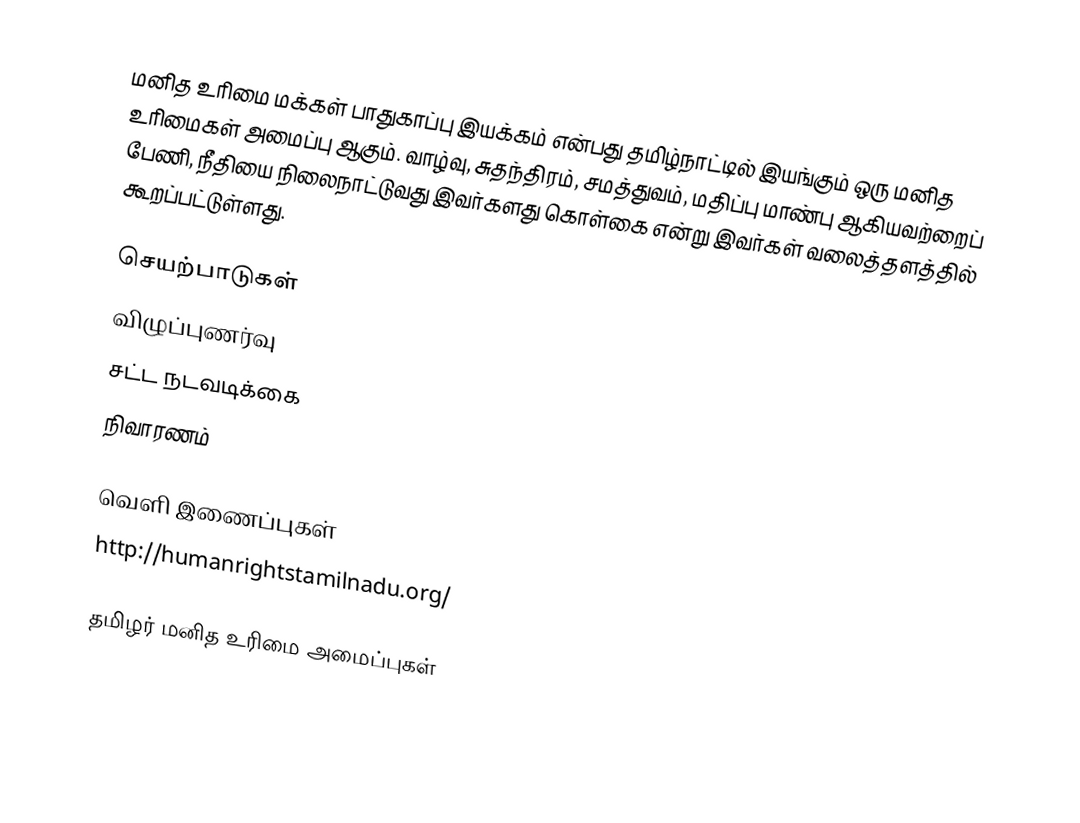
மனித உரிமை மக்கள் பாதுகாப்பு இயக்கம் என்பது தமிழ்நாட்டில் இயங்கும் ஒரு மனித உரிமைகள் அமைப்பு ஆகும்.   வாழ்வு, சுதந்திரம், சமத்துவம், மதிப்பு மாண்பு ஆகியவற்றைப் பேணி, நீதியை நிலைநாட்டுவது இவர்களது கொள்கை என்று இவர்கள் வலைத்தளத்தில் கூறப்பட்டுள்ளது.

செயற்பாடுகள்
 விழுப்புணர்வு
 சட்ட நடவடிக்கை
 நிவாரணம்

வெளி இணைப்புகள்
 http://humanrightstamilnadu.org/

தமிழர் மனித உரிமை அமைப்புகள்